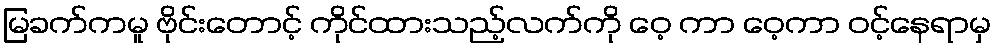
မြခက်ကမူ ဗိုင်းတောင့် ကိုင်ထားသည့်လက်ကို ဝေ့ ကာ ဝေ့ကာ ဝင့်နေရာမှ